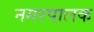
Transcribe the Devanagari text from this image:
नगरपालक